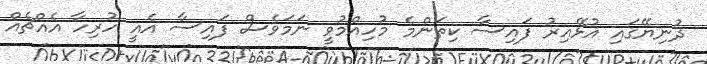
ދުނިޔޭގައި އުޅޭއިރު ފައިސާ ކިތަންމެ މުހިއްމުވީ ނަމަވެސް ފައިސާ އެއީ ހުރިހާ އެއްޗެއް